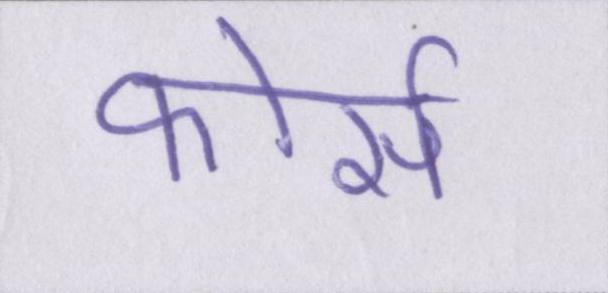
फोर्स